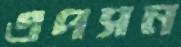
এপসন